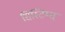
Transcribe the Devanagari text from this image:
सिस्टिम्स्